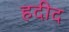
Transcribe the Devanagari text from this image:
हदीद